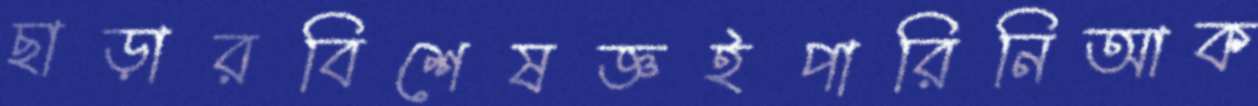
ছাড়ারবিশেষজ্ঞইপারিনিআক